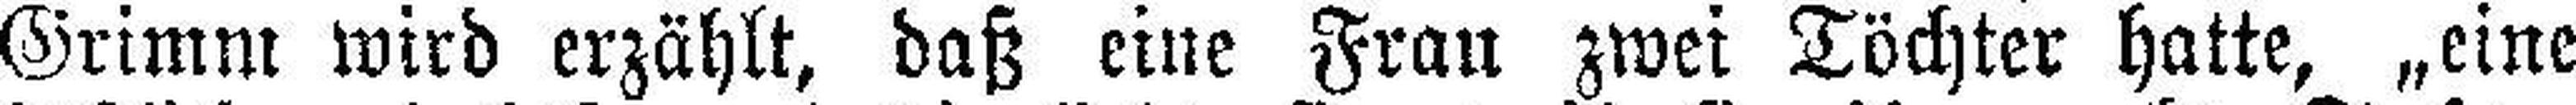
Grimm wird erzählt, daß eine Frau zwei Töchter hatte, „eine